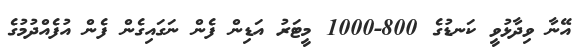
އޭނާ ވިދާޅުވީ ކަނޑުގެ 800-1000 މީޓަރު އަޑިން ފެން ނަގައިގެން ފެން އުފެއްދުމުގެ